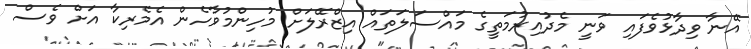
އޭނާ ވިދާޅުވެފައި ވަނީ މެދުއިރުމަތީގެ މައްސަލަތައް އިޒްރޭލަށް މުހިންމުވާހެން އެމެރިކާ އަށް ވެސް